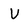
Character: V